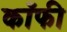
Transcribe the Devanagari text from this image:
काँफी